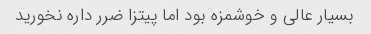
بسیار عالی و خوشمزه بود اما پیتزا ضرر داره نخورید